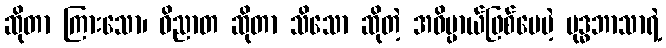
ဆိုတာ ကြားသော၊ ဝိညာတ ဆိုတာ သိသော ဆိုတဲ့ အဓိပ္ပာယ်ဖြစ်ပေမဲ့ ဗုဒ္ဓဘာသာရဲ့